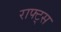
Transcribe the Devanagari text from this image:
राफ्ट्स